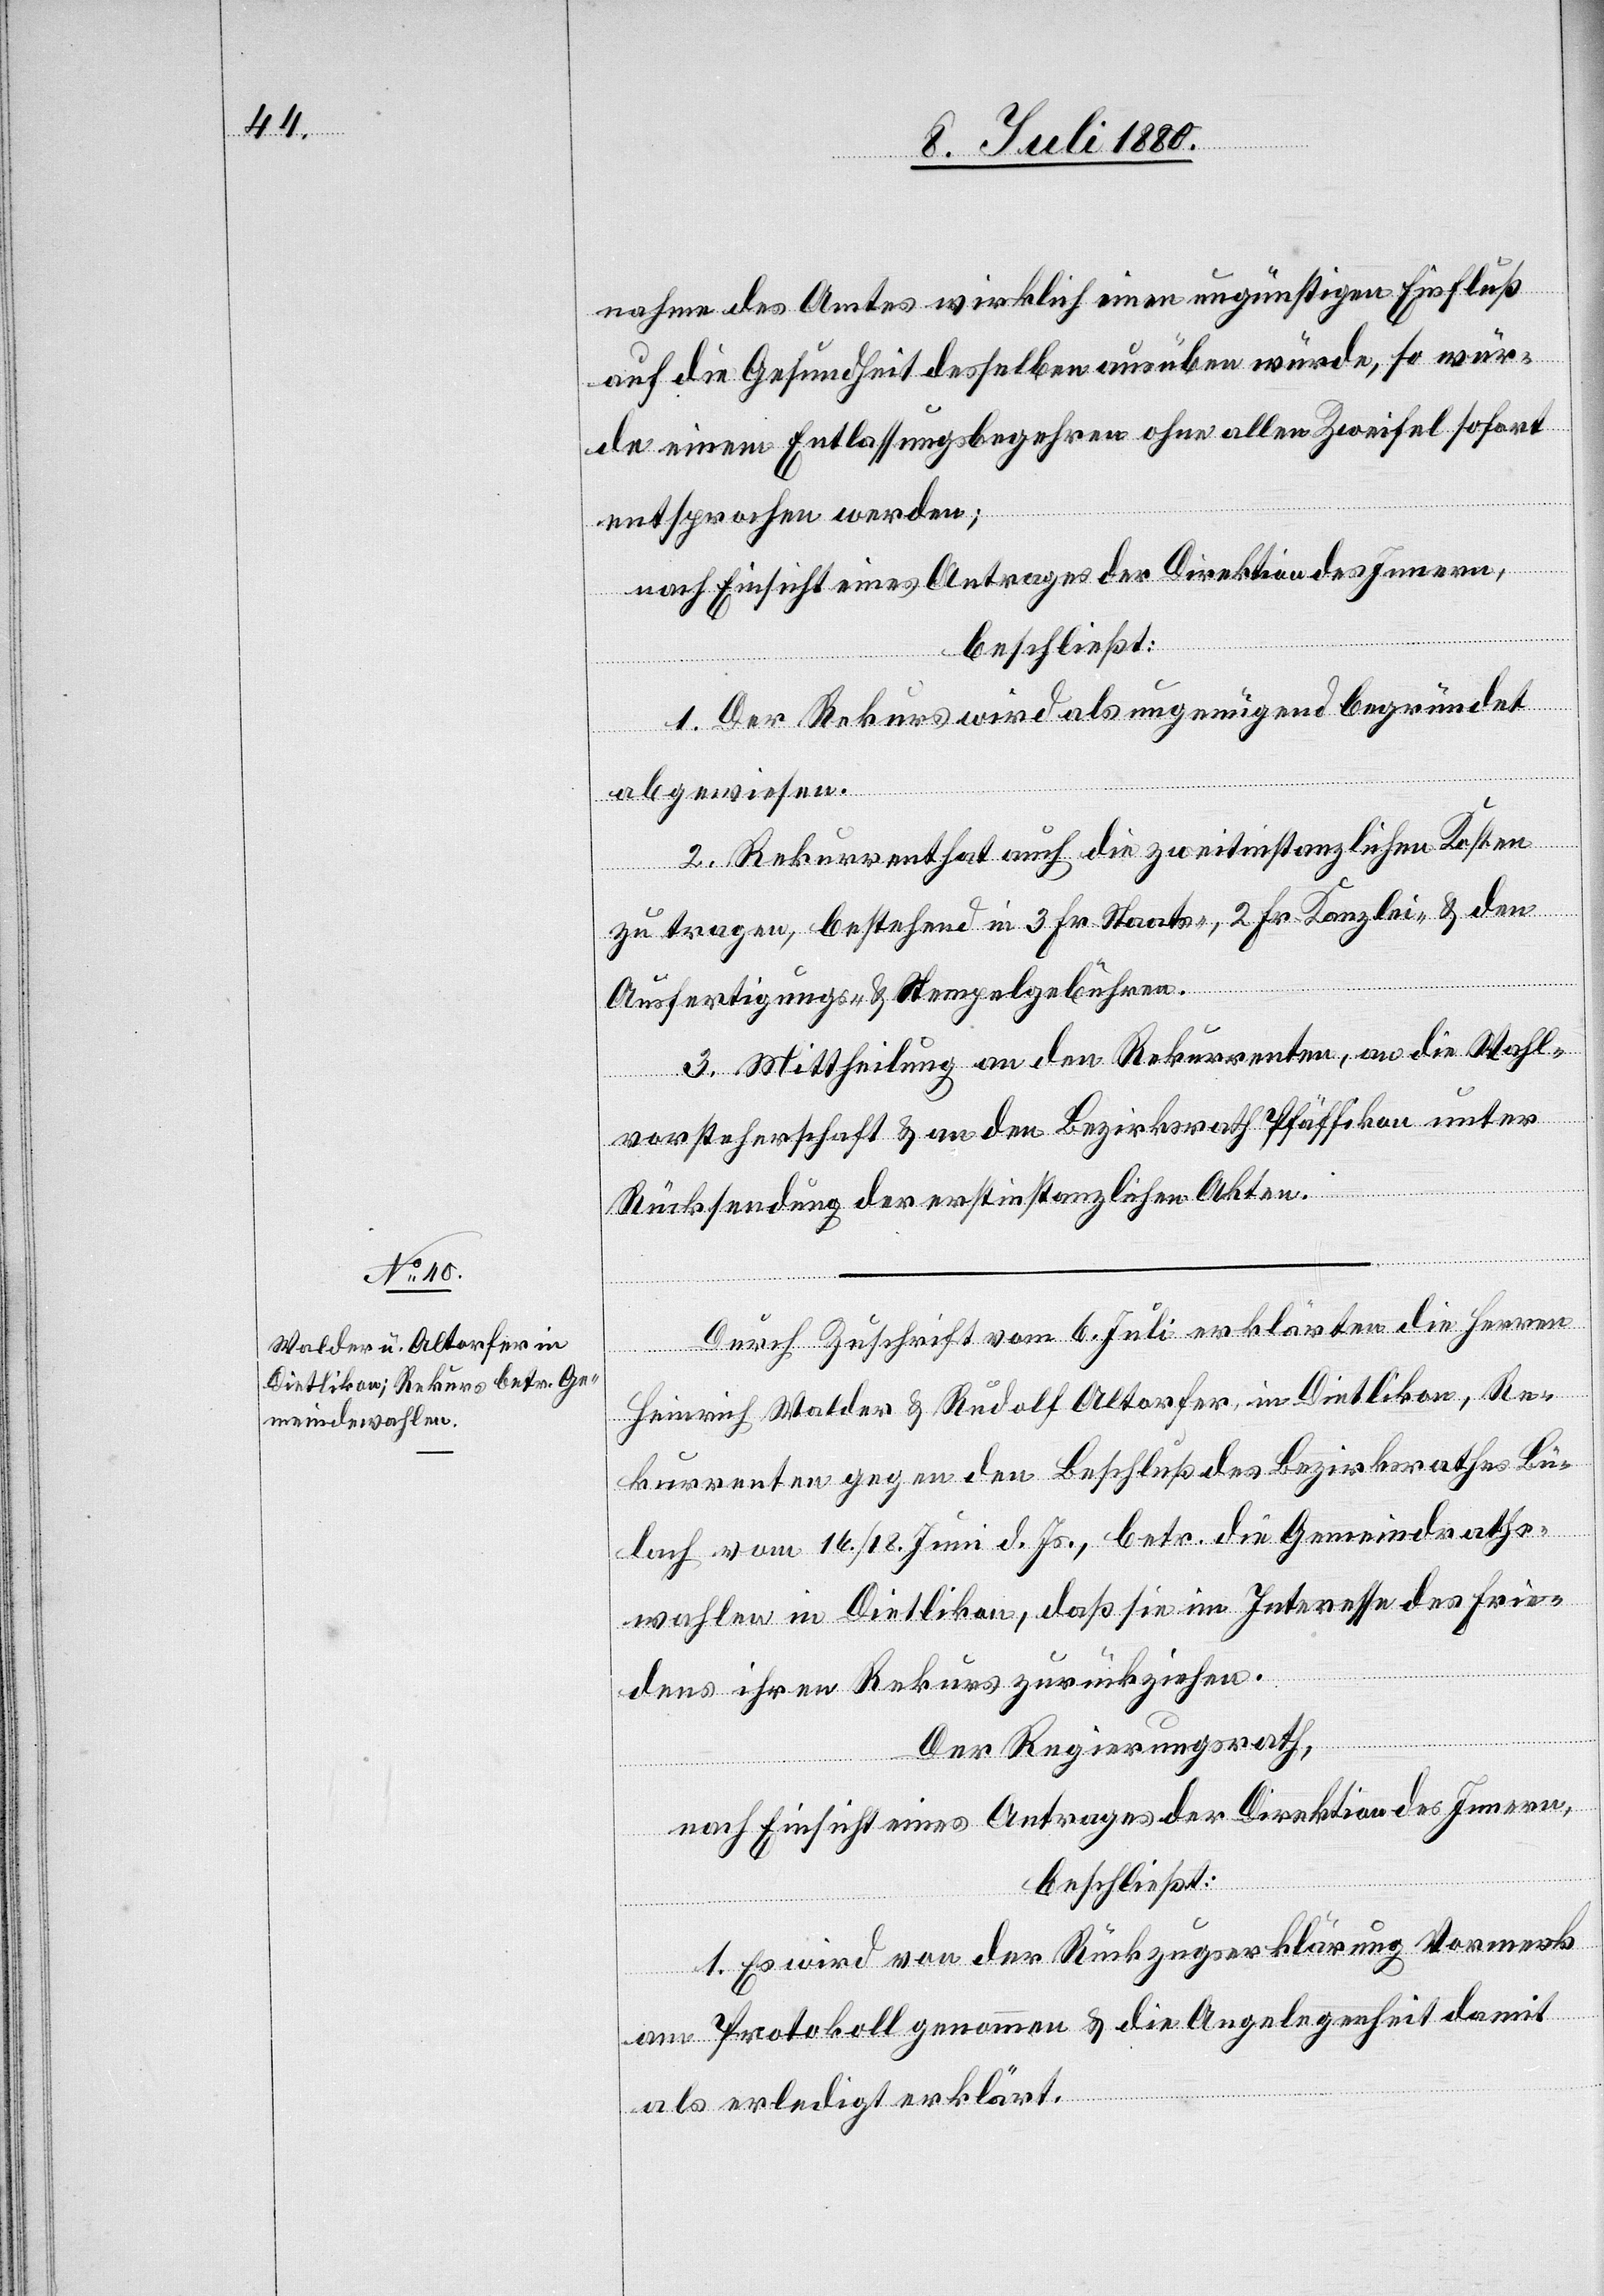
nahme des Amtes wirklich einen ungünstigen Einfluß
auf die Gesundheit desselben ausüben würde, so wür¬
de einem Entlassungsbegehren ohne allen Zweifel sofort
entsprochen werden;
nach Einsicht eines Antrages der Direktion des Innern,
beschließt:
1. Der Rekurs wird als ungenügend begründet
abgewiesen.
2. Rekurrent hat auch die zweitinstanzlichen Kosten
zu tragen, bestehend in 3 Fr. Staats-, 2 Fr. Kanzlei- & den
Ausfertigungs- & Stempelgebühren.
3. Mittheilung an den Rekurrenten, an die Wahl¬
vorsteherschaft & an den Bezirksrath Pfäffikon unter
Rücksendung der erstinstanzlichen Akten.
Durch Zuschrift vom 6. Juli erklärten die Herren
Heinrich Walder & Rudolf Altorfer in Dietlikon, Re¬
kurrenten gegen den Beschluß des Bezikrathes Bü¬
lach vom 16./18. Juni d. Js., betr. die Gemeindraths¬
wahlen in Dietlikon, daß sie im Interesse des Frie¬
dens ihren Rekurs zurückziehen.
Der Regierungsrath,
nach Einsicht eines Antrages der Direktion des Innern,
beschließt:
1. Es wird von der Rückzugserklärung Vormerk
am Protokoll genommen & die Angelegenheit damit
als erledigt erklärt.